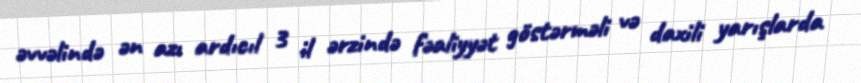
əvvəlində ən azı ardıcıl 3 il ərzində fəaliyyət göstərməli və daxili yarışlarda